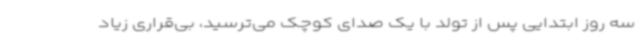
سه روز ابتدایی پس از تولد با یک صدای کوچک می‌ترسید، بی‌قراری زیاد